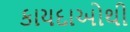
કાયદાઓથી